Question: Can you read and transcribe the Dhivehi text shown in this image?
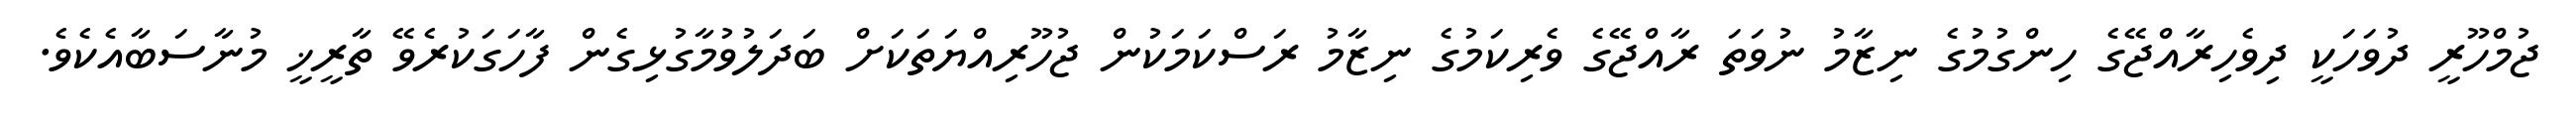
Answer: ޖުމްހޫރީ ދުވަހަކީ ދިވެހިރާއްޖޭގެ ހިންގުމުގެ ނިޒާމު ނުވަތަ ރާއްޖޭގެ ވެރިކަމުގެ ނިޒާމު ރަސްކަމަކުން ޖުހޫރިއްޔަތަކަށް ބަދަލުވުމާގުޅިގެން ފާހަގަކުރެވޭ ތާރީޚީ މުނާސަބާއެކެވެ.